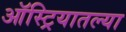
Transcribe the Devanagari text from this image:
ऑस्ट्रियातल्या